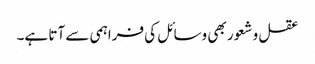
عقل و شعور بھی وسائل کی فراہمی سے آتا ہے۔